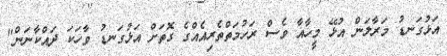
އަޅުގަނޑު މަރާލަން އުޅޭ މީހާއާ ވެސް ރަހުމަތްތެރިއެއްގެ ގޮތަށް އަޅުގަނޑު ވާހަކަ ދައްކާނަން"